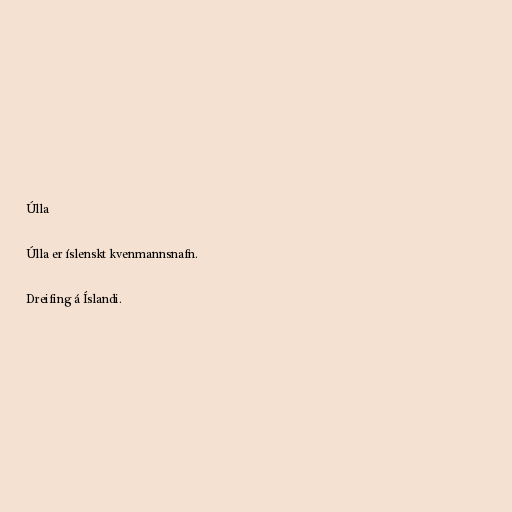
Úlla

Úlla er íslenskt kvenmannsnafn.

Dreifing á Íslandi.